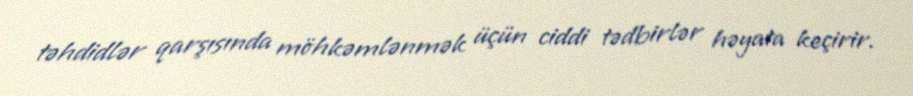
təhdidlər qarşısında möhkəmlənmək üçün ciddi tədbirlər həyata keçirir.